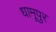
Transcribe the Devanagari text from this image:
धामूपुर